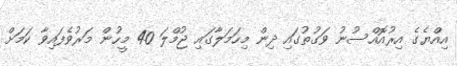
އިއްޔެގެ އިރުއޮއްސުނު ވަގުތުގައި ދިން މިހަމަލާގައި ޖުމްލަ 40 މީހުން މަރުވެފައިވާ ކަމަށް